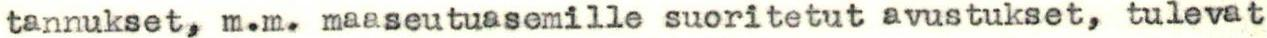
tannukset, m.m. maaseutuasemille suoritetut avustukset, tulevat